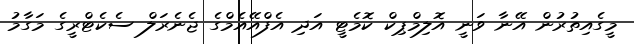
މީގެއިތުރުން އޭނާ ވަނީ އޮލިމްޕިކް ކޮމެޓީ އަދި އެފްއޭއެމްގެ ޖެނެރަލް ސެކެޓްރީގެ މަގާމު